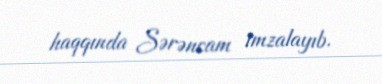
haqqında Sərəncam imzalayıb.